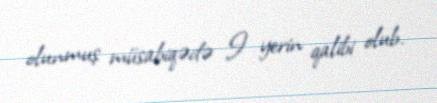
olunmuş müsabiqədə I yerin qalibi olub.